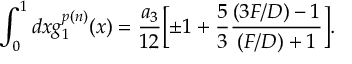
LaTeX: \int _ { 0 } ^ { 1 } d x g _ { 1 } ^ { p ( n ) } ( x ) = { \frac { a _ { 3 } } { 1 2 } } \Bigl [ \pm 1 + { \frac { 5 } { 3 } } { \frac { ( 3 F / D ) - 1 } { ( F / D ) + 1 } } \Bigr ] .